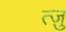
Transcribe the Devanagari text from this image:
त्ज़ु